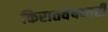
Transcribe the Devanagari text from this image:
किरातवेषधारी